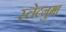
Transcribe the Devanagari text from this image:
स्लेटनुमा